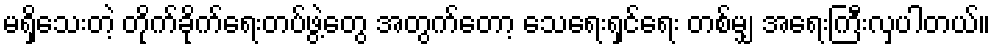
မရှိသေးတဲ့ တိုက်ခိုက်ရေးတပ်ဖွဲ့တွေ အတွက်တော့ သေရေးရှင်ရေး တစ်မျှ အရေးကြီးလှပါတယ်။